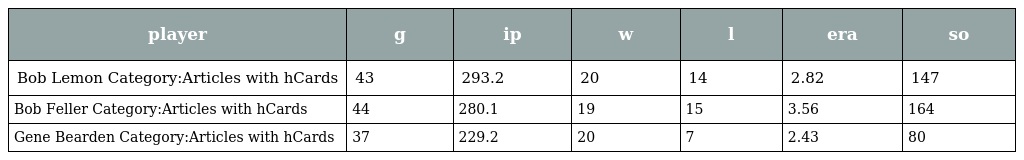
| player | g | ip | w | l | era | so |
 | --- | --- | --- | --- | --- | --- | --- |
 | Bob Lemon Category:Articles with hCards | 43 | 293.2 | 20 | 14 | 2.82 | 147 |
 | Bob Feller Category:Articles with hCards | 44 | 280.1 | 19 | 15 | 3.56 | 164 |
 | Gene Bearden Category:Articles with hCards | 37 | 229.2 | 20 | 7 | 2.43 | 80 |